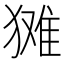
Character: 𱮘